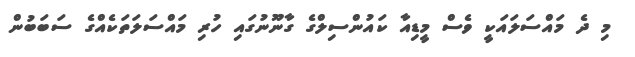
މި ދެ މައްސަލައަކީ ވެސް މީޑިއާ ކައުންސިލްގެ ގާނޫނުގައި ހުރި މައްސަލަތަކެއްގެ ސަބަބުން